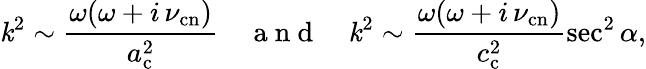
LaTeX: \mathit{k}^{2}\sim\frac{{\omega(\omega+i\, \nu_{\mathrm{{cn}}})}}{{a_{\mathrm{{c}}}^{2}}}\quad\mathrm{{~a~n~d~}}\quad\mathit{k}^{2}\sim\frac{{\omega(\omega+i\, \nu_{\mathrm{{cn}}})}}{{c_{\mathrm{{c}}}^{2}}}\sec^{2}\alpha,